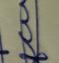
Signature authenticity: genuine